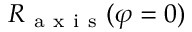
R _ { \mathrm { ~ a ~ x ~ i ~ s ~ } } ( \varphi = 0 )